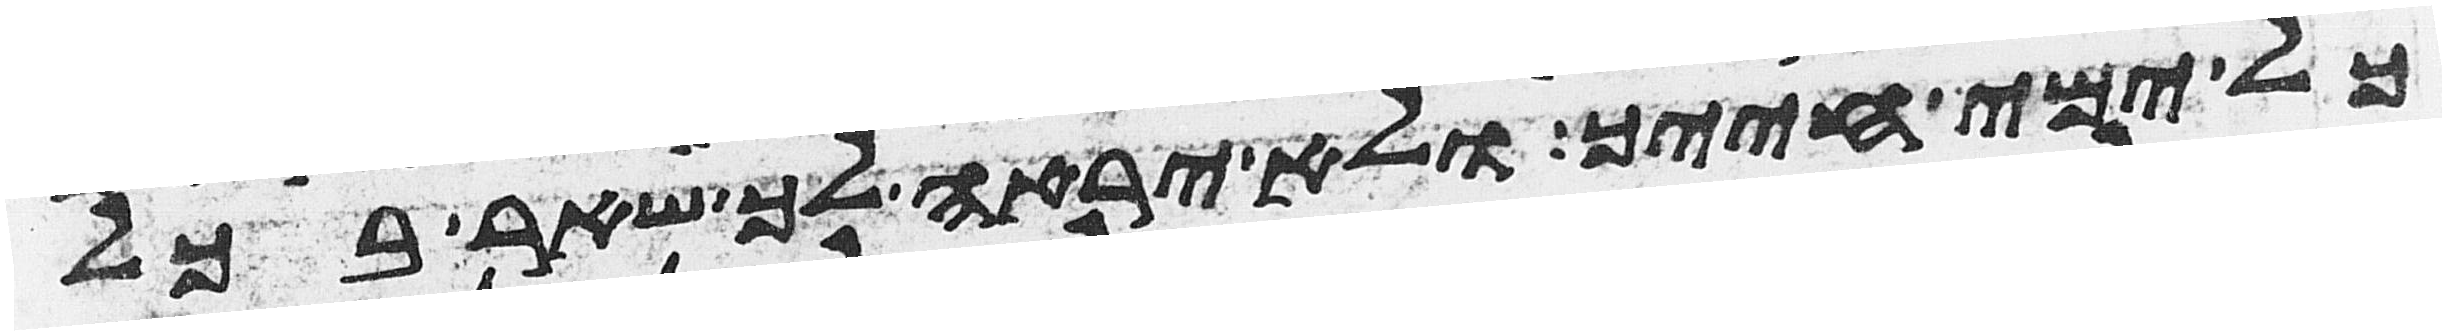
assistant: כל ימי חייך ולא יראה לך שאר בכל